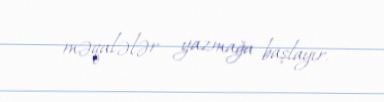
məqalələr yazmağa başlayır.